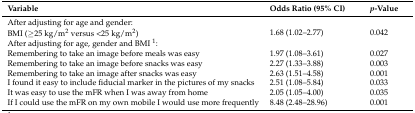
| Variable | Odds Ratio (95% CI) | p-Value |
 | --- | --- | --- |
 | After adjusting for age and gender: |  |  |
 | BMI (≥25 kg/m2 versus <25 kg/m2) | 1.68 (1.02–2.77) | 0.042 |
 | After adjusting for age, gender and BMI 1: |  |  |
 | Remembering to take an image before meals was easy | 1.97 (1.08–3.61) | 0.027 |
 | Remembering to take an image before snacks was easy | 2.27 (1.33–3.88) | 0.003 |
 | Remembering to take an image after snacks was easy | 2.63 (1.51–4.58) | 0.001 |
 | I found it easy to include fiducial marker in the pictures of my snacks | 2.51 (1.08–5.84) | 0.033 |
 | It was easy to use the mFR when I was away from home | 2.05 (1.05–4.00) | 0.035 |
 | If I could use the mFR on my own mobile I would use more frequently | 8.48 (2.48–28.96) | 0.001 |